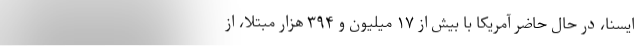
ایسنا، در حال حاضر آمریکا با بیش از ۱۷ میلیون و ۳۹۴ هزار مبتلا، از